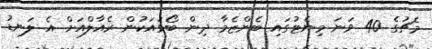
މެޗުގެ 40 ވަނަ މިނެޓުގައި ބެންޒެމާ ދިން ބޯޅައަކުން ރެއާލްއަށް އެ ލަނޑު